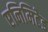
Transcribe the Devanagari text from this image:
एनिमिटेड